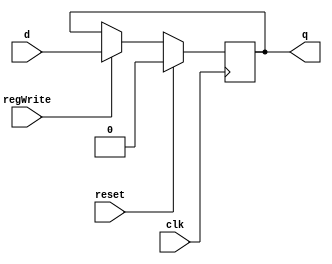
/*###################################################################################
Note: Please dont upload the assignments, template file/solution and lab. manual on GitHub or others public repository. 
It violates the BITSs Intellectual Property Rights (IPR).
************************************************************************************/
module Dff_register(input clk, input reset, input regWrite, input d, output reg q);
    always@(posedge clk) 
    begin
        if(reset == 1'b1)
        begin
            q <= 0;
        end
        else if(regWrite == 1'b1)
        begin
            q <= d;
        end
    end
endmodule